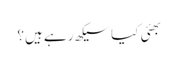
بھئی کیا سیکھ رہے ہیں؟